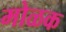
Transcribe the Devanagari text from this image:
मोळक